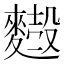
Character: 𪍢